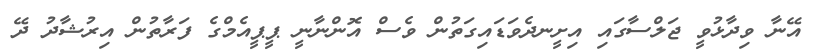
އޭނާ ވިދާޅުވީ ޖަލްސާގައި އިށީނދެވަޑައިގަތުން ވެސް އޮންނާނީ ޕީޕީއެމްގެ ފަރާތުން އިރުޝާދު ދޭ